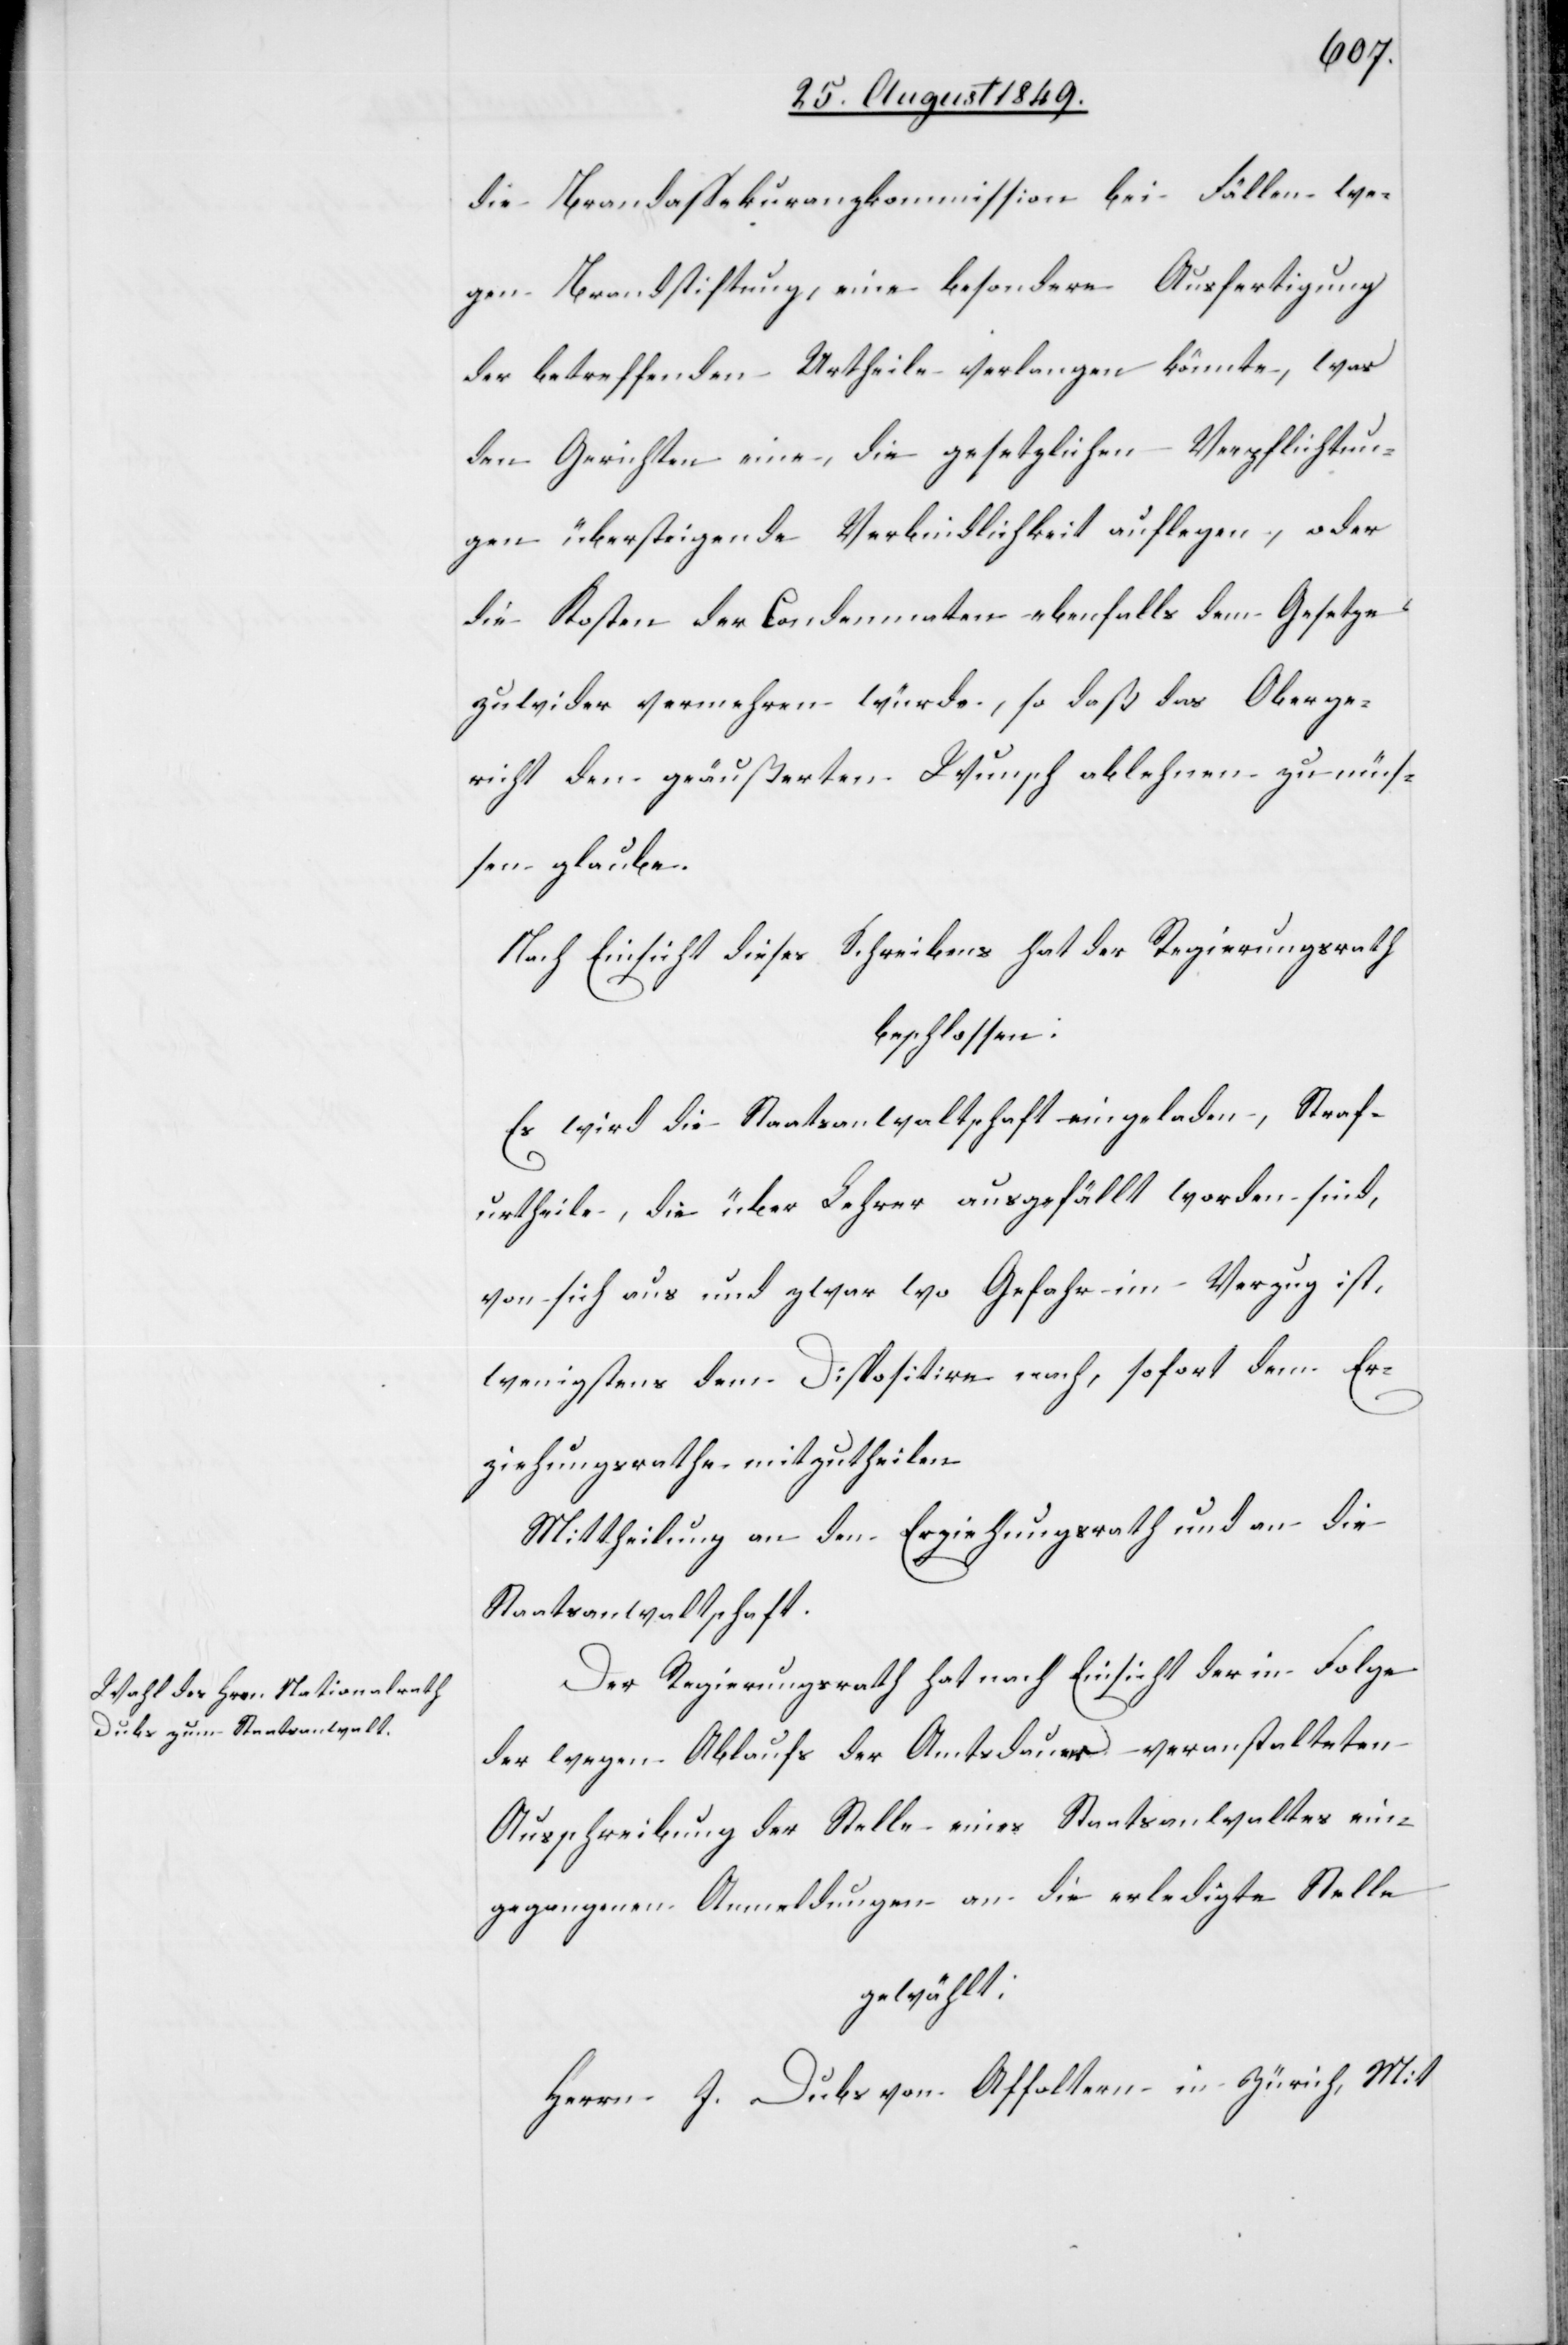
die Brandassekuranzkommission bei Fällen we¬
gen Brandstiftung, eine besondere Ausfertigung
der betreffenden Urtheile verlangen könnte, was
den Gerichten eine, die gesetzlichen Verpflichtun¬
gen übersteigende Verbindlichkeit auflegen, oder
die Kosten der Condemnaten ebenfalls dem Gesetze
zuwider vermehren würde, so daß das Oberge¬
richt den geäußerten Wunsch ablehnen zu müs¬
sen glaube.
Nach Einsicht dieses Schreibens hat der Regierungsrath
beschlossen:
Es wird die Staatsanwaltschaft eingeladen, Straf¬
urtheile, die über Lehrer ausgefällt worden sind,
von sich aus und zwar wo Gefahr im Verzug ist,
wenigstens dem Dispositive nach, sofort dem Er¬
ziehungsrathe mitzutheilen.
Mittheilung an den Erziehungsrath und an die
Staatsanwaltschaft.
Der Regierungsrath hat nach Einsicht der in Folge
der wegen Ablaufs der Amtsdauer veranstalteten
Ausschreibung der Stelle eines Staatsanwaltes ein¬
gegangenen Anmeldungen an die erledigte Stelle
gewählt:
Herrn J. Dubs von Affoltern in Zürich, Mit-